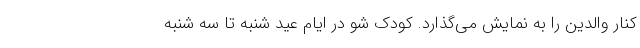
کنار والدین را به نمایش می‌گذارد. کودک شو در ایام عید شنبه تا سه شنبه